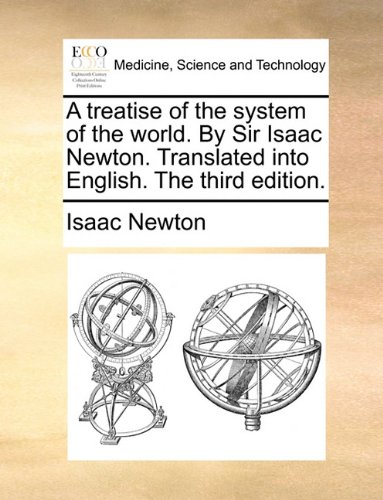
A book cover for A treatise of the system of the world. By Sir Isaac Newton. Translated into English. The third edition.; Isaac Newton; Medical Books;